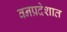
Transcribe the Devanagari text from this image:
वनप्रदेशात